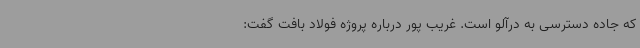
که جاده دسترسی به درآلو است. غریب پور درباره پروژه فولاد بافت گفت: